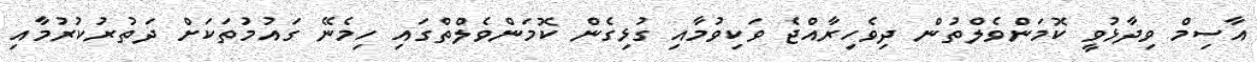
އާސިމް ވިދާޅުވީ ކޮމަންވެލްތުން ދިވެހިރާއްޖެ ވަކިވުމާއި ގުޅިގެން ކޮމަންވެލްތްގައި ހިމެނޭ ގައުމުތަކަށް ދަތުރުކުރުމާއި